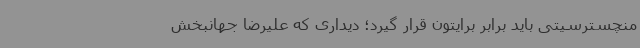
منچسترسیتی باید برابر برایتون قرار گیرد؛ دیداری که علیرضا جهانبخش